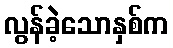
လွန်ခဲ့သောနှစ်က